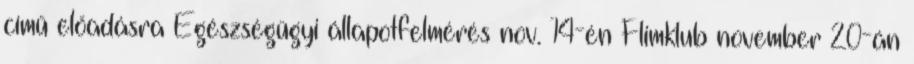
című előadásra Egészségügyi állapotfelmérés nov. 14-én Flimklub november 20-án